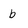
Character: b